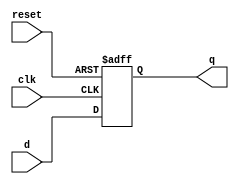
module d_ff_reset
   (
    input wire clk, reset,
    input wire d,
    output reg q
   );

   // body
   always @(posedge clk, posedge reset)
      if (reset)
         q <= 1'b0;
      else
         q <= d;

endmodule